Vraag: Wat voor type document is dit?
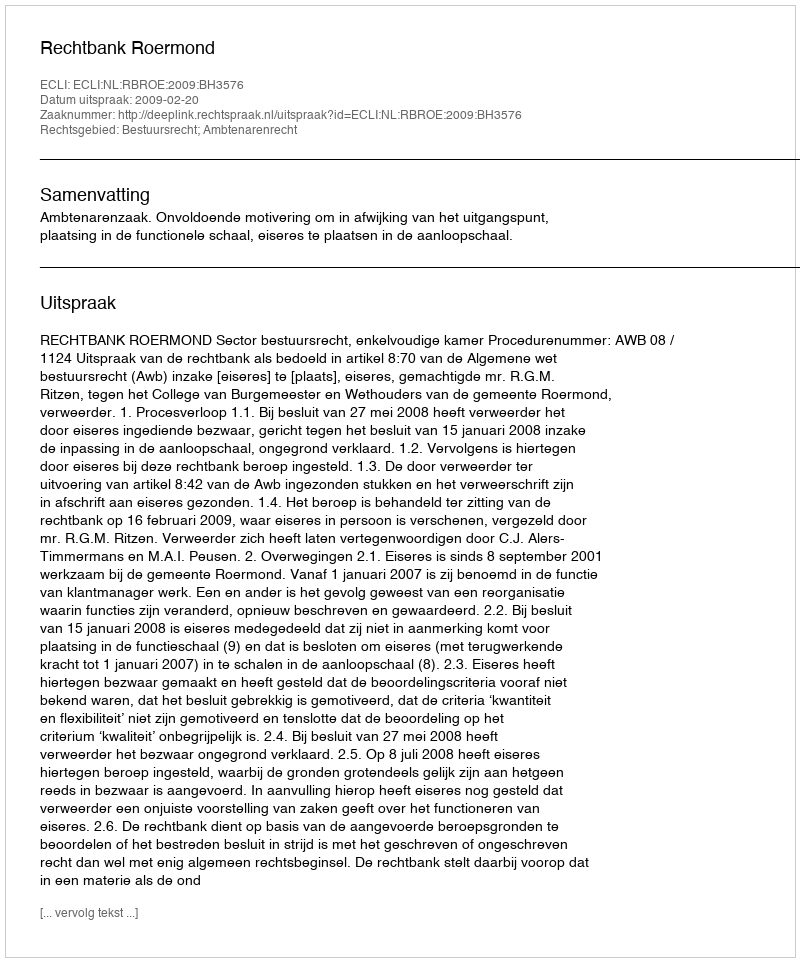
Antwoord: Uitspraak